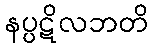
နပ္ပဋိလဘတိ